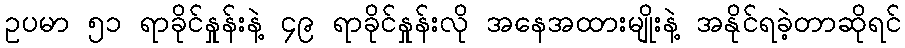
ဥပမာ ၅၁ ရာခိုင်နှုန်းနဲ့ ၄၉ ရာခိုင်နှုန်းလို အနေအထားမျိုးနဲ့ အနိုင်ရခဲ့တာဆိုရင်